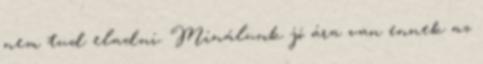
nem tud eladni. Minálunk jó ára van ennek az